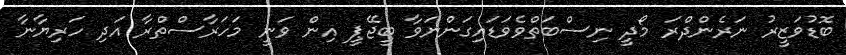
ބޮޑުވަޒީރު ނަރެންދްރަ މޯދީ ނިސްބަތްވެވަޑައިގަންނަވާ ބީޖޭޕީ އިން ވަނީ މަހަރާސްތްރާ އަދި ހަރިޔާނާ